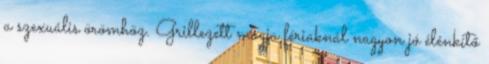
a szexuális örömhöz. Grillezett magja fériaknál nagyon jó élénkítő